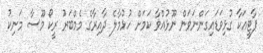
ޕާޓީއަކާ ގުޅިވަޑައިގަންނަވަން ނޫޅުއްވާ ކަމަށް ހުޅުމާލެ ދާއިރާގެ މެމްބަރު ރީކޯ މޫސާ މަނިކު